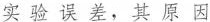
实验误差，其原因